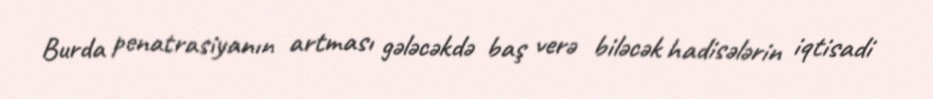
Burda penatrasiyanın artması gələcəkdə baş verə biləcək hadisələrin iqtisadi